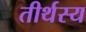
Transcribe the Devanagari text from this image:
तीर्थस्य